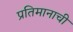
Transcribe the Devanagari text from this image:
प्रतिमानाची